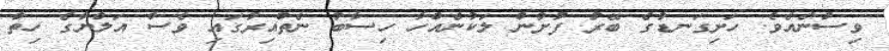
ވިސްނެއެވެ. ހަށިގަނޑުގެ ބޭރު ފުށުން ލަކުނެއްހާ ހިސާބު ނެތްއިރުގައި ވެސް އަލްޔާގެ ހިތް